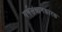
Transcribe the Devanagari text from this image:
गर्भसंधानकारक